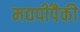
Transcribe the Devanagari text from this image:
मद्यपींपैकी